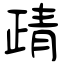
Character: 靕